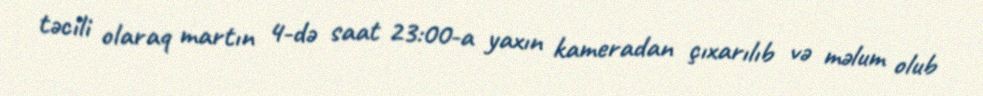
təcili olaraq martın 4-də saat 23:00-a yaxın kameradan çıxarılıb və məlum olub